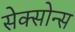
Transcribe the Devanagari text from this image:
सेक्सोन्स